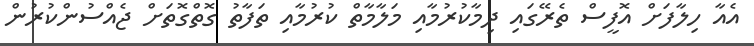
އެއާ ހިލާފަށް އޮފީސް ތެރޭގައި ދިމާކުރުމާއި މަލާމާތް ކުރުމާއި ތަފާތު ގޮތްގޮތަށް ޖެއްސުންކުރުން